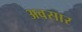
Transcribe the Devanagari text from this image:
अवसार